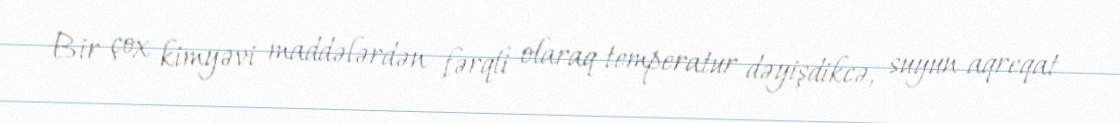
Bir çox kimyəvi maddələrdən fərqli olaraq temperatur dəyişdikcə, suyun aqreqat